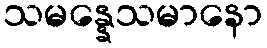
သမန္နေသမာနော